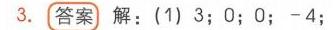
3. **答案** 解：(1) \(3\); \(0\); \(0\); \(-4\);